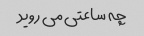
چه ساعتی می روید